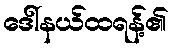
ဒေါ်နယ်ထရန့်၏